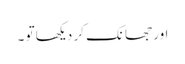
اور جھانک کر دیکھا تو ۔